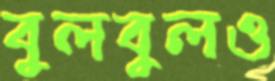
বুলবুলও